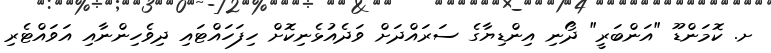
ށ. ކޮމަންޑޫ "އަންބަރީ" ދޯނި އިންޑިޔާގެ ސަރައްދަށް ވަދެއުޅެނިކޮށް ހިފަހައްޓައި ދިވެހިންނާއި އަވައްޓެރި